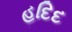
હદિદ